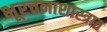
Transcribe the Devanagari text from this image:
भूरचनाशास्त्रात